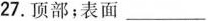
27.顶部；表面___